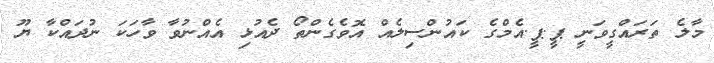
މާލެ ތަރައްގީވަނީ ޕީ.ޕީ.އެމްގެ ކައުންސިލެއް އޮވެގެންތޯ ދެއުޅި އެއްނުވާ ވާހަކަ ނުދައްކާ ޔޫ